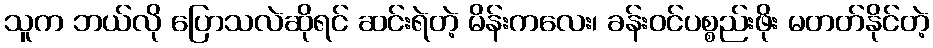
သူက ဘယ်လို ပြောသလဲဆိုရင် ဆင်းရဲတဲ့ မိန်းကလေး၊ ခန်းဝင်ပစ္စည်းဖိုး မတတ်နိုင်တဲ့